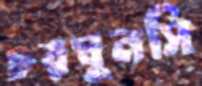
চরঘুনসি